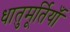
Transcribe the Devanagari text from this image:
धातुमूर्तियाँ